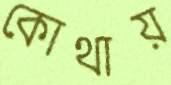
কোথায়